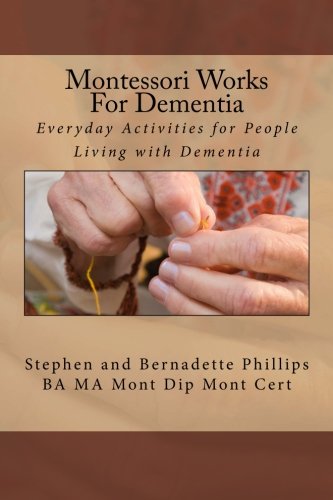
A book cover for Montessori Works For Dementia: Everyday Activities for People Living with Dementia; Mrs Bernadette Phillips; Medical Books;